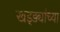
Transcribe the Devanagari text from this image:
खड्ड्यांच्या